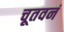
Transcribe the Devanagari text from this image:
चूतवनं